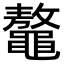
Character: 鼇